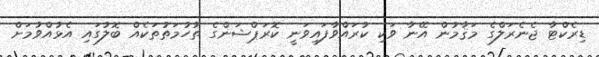
ޑިރެކްޓާ ޖެނެރަލްގެ މަޤާމުން އޭނާ ވަކި ކުރައްވާފައިވަނީ ކޮރަޕްޝަންގެ ތުހުމަތުތަކެއް ބޮލުގައި އެޅުއްވުމަށް